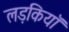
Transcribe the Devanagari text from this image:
लड़कियाॅ